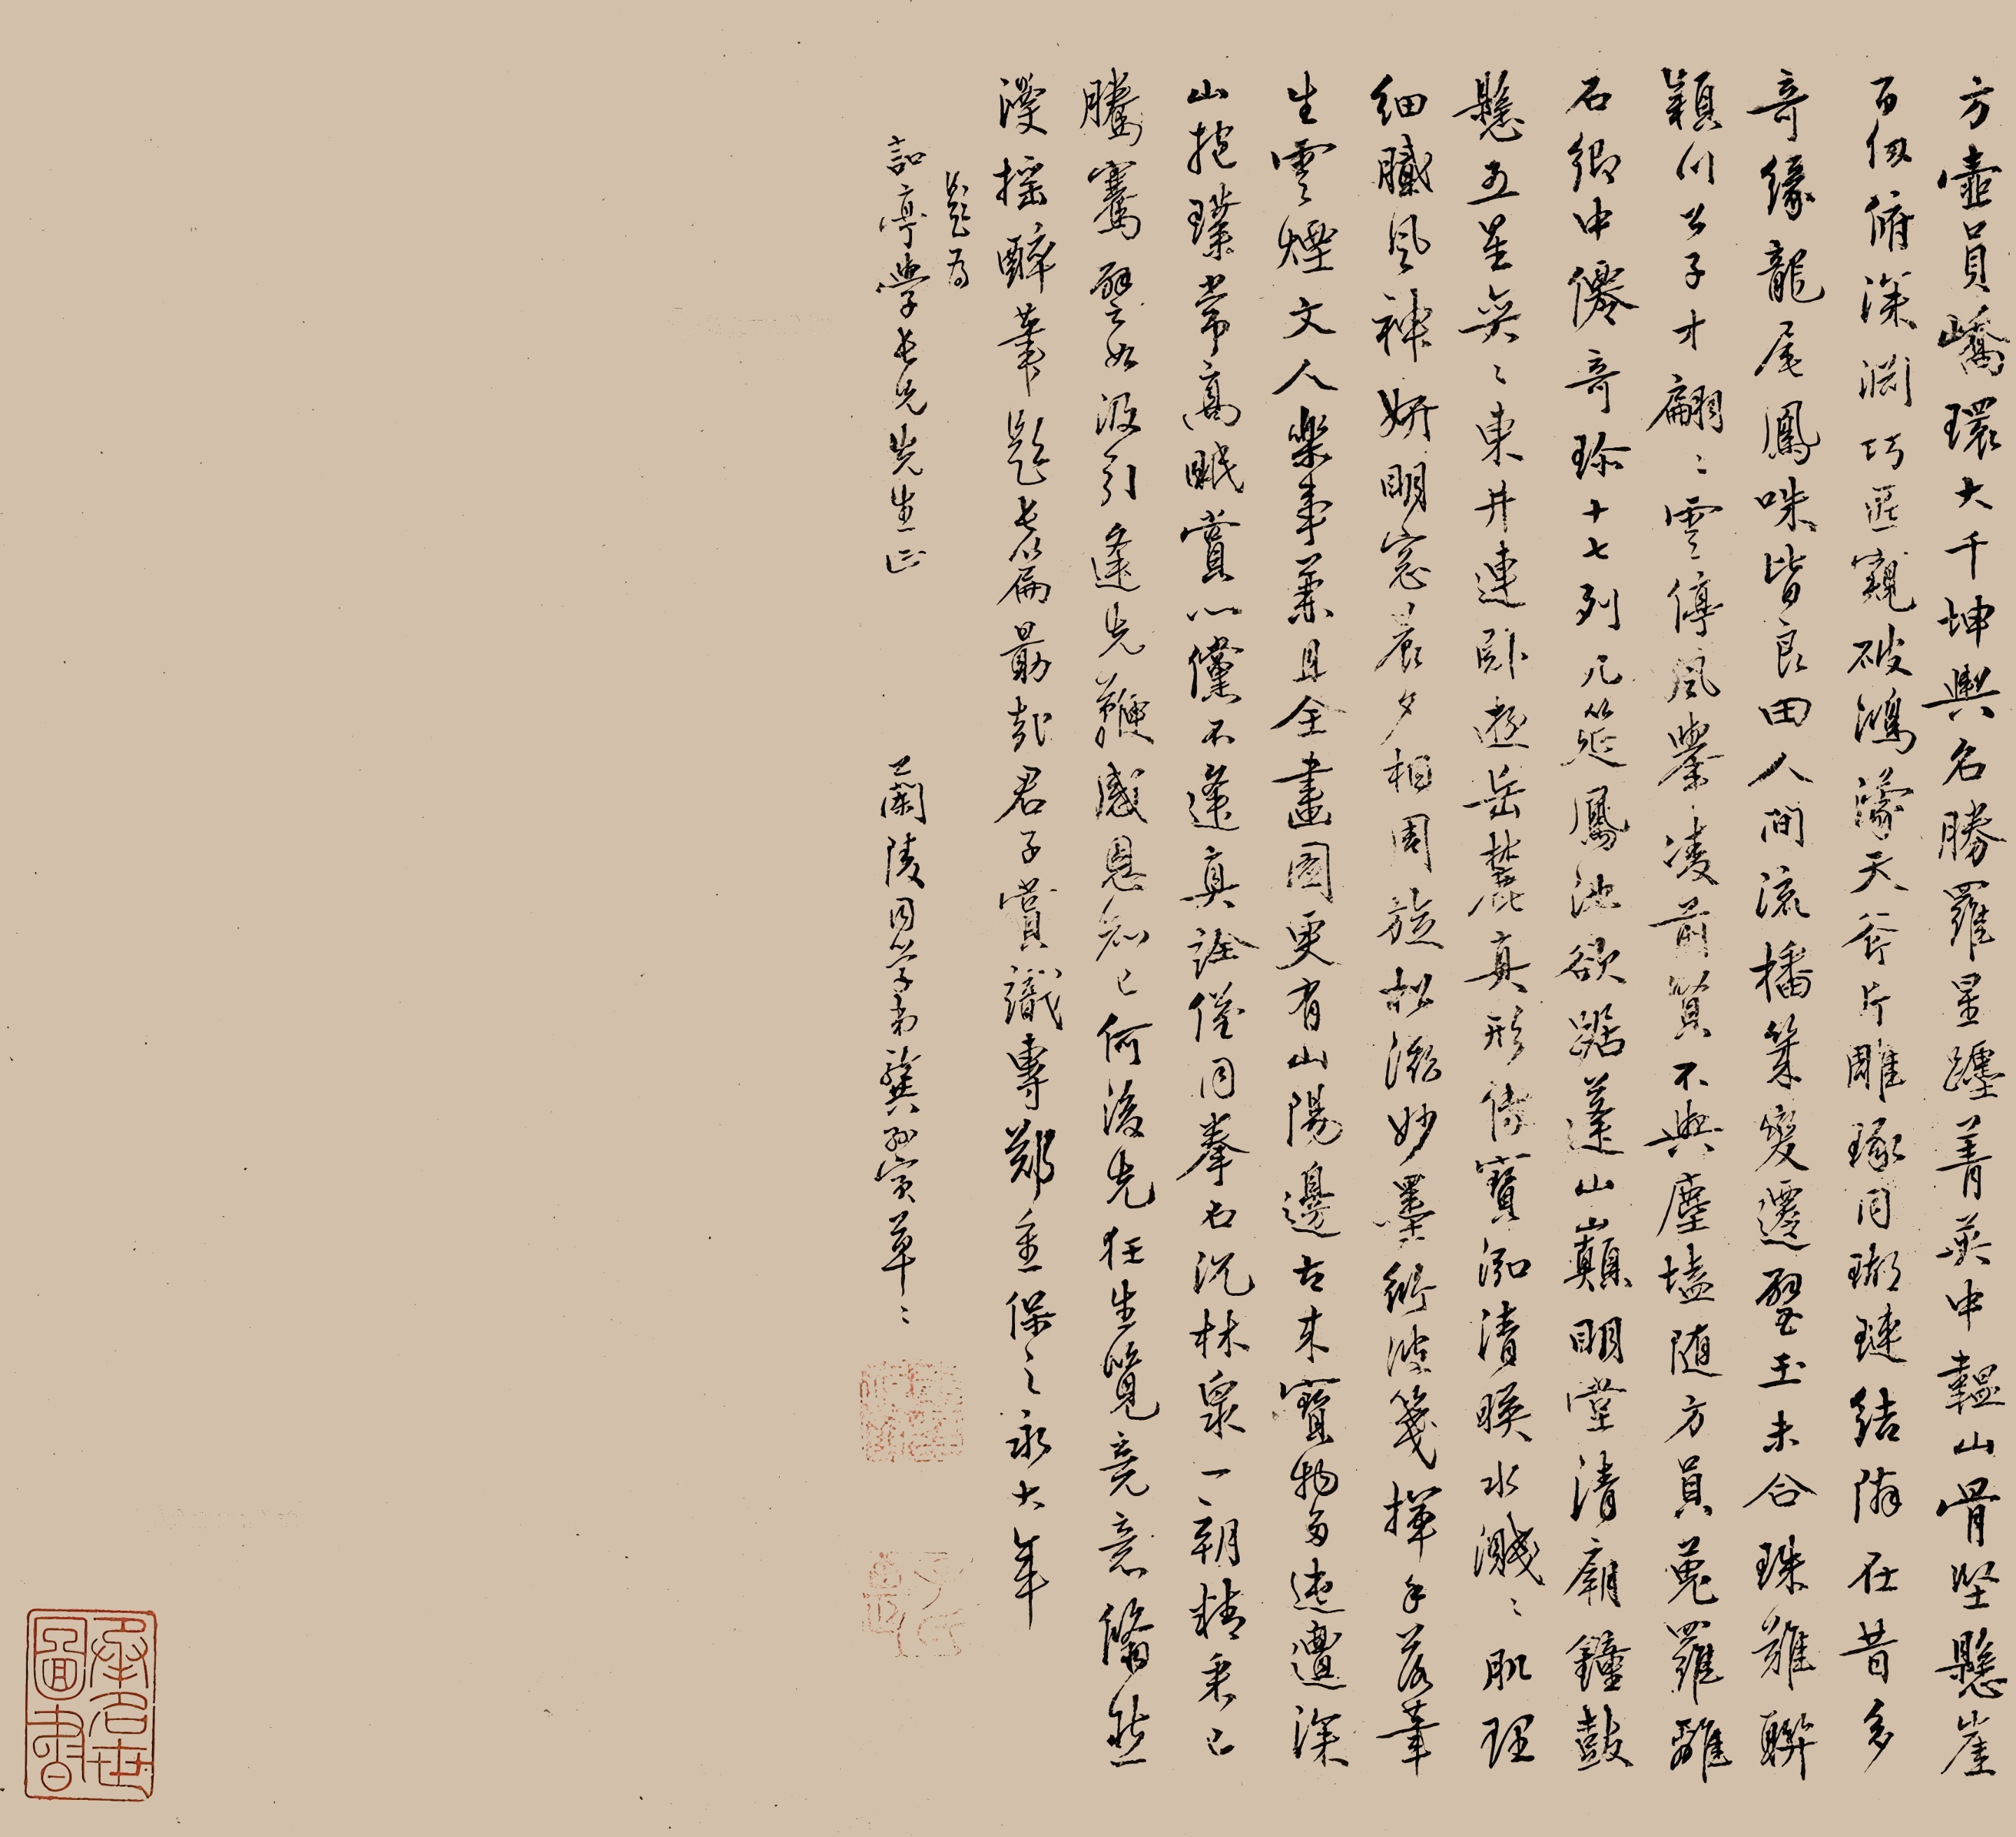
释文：方壶员峤环大千，坤舆名胜罗星躔。菁英中韫山骨坚，悬崖百仞俯深渊。巧匠窥破鸿蒙天，斧斤雕琢同瑚琏。结邻在昔多奇缘，龙尾凤咮皆良田。人间流播几变迁，璧玉未合珠难联。颍川公子才翩翩，云停风举凌前贤。不与尘壒随方员，搜罗离石卿中仙。奇珍十七列几筵，凤池欲踞蓬山巅。明堂清庙钟鼓悬，五星奕奕东井连。卧游岳麓真形传，宝泓清映水溅溅。肌理细腻风神妍，明窗晨夕相周旋。松滋妙墨衍波笺，挥手落笔生云烟。文人乐事兼且全，画图更有山阳边。古来宝物多迍邅，深山抱璞常高眠。赏心倘不逢真诠，仅同拳石沉林泉。一朝精采已腾骞，譬如汲引逢先鞭。感恩知已何后先，狂生览竟意修然。漫摇醉笔题长篇，勖哉君子赏识专。郑重保之永大年。题为唁亭学长兄先生正，兰陵同学弟龚孙寅草草。